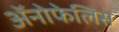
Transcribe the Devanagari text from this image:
अॅनोफेलिस